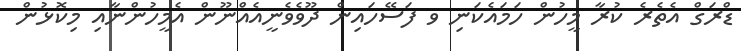
ޑްރަގް އެތެރެ ކުރާ މީހުން ހަމައެކަނި ވ ފަސޭހައިން ދޫވެވެނީއެއްނޫން އެމީހުންނާއި މިކޮޅުން